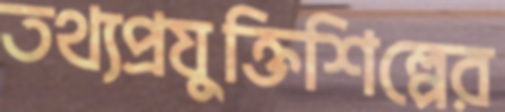
তথ্যপ্রযুক্তিশিল্পের